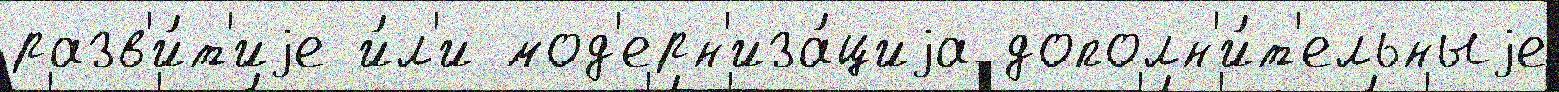
разв'и́т'иjе и́л'и мод'ерн'иза́циjа дополн'и́т'ельныjе